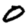
Digit: 0